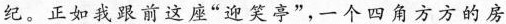
纪。正如我跟前这座”迎笑亭”，一个四角方方的房